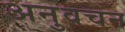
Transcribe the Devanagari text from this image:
अनुवचन